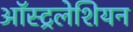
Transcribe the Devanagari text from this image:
ऑस्ट्रलेशियन